Bréfritari: Aðalbjartur Bjarnason (Albert Arnason)
Dagsetning: A-1875-02-22
Skrifað á: Ólafsdal  Dal.

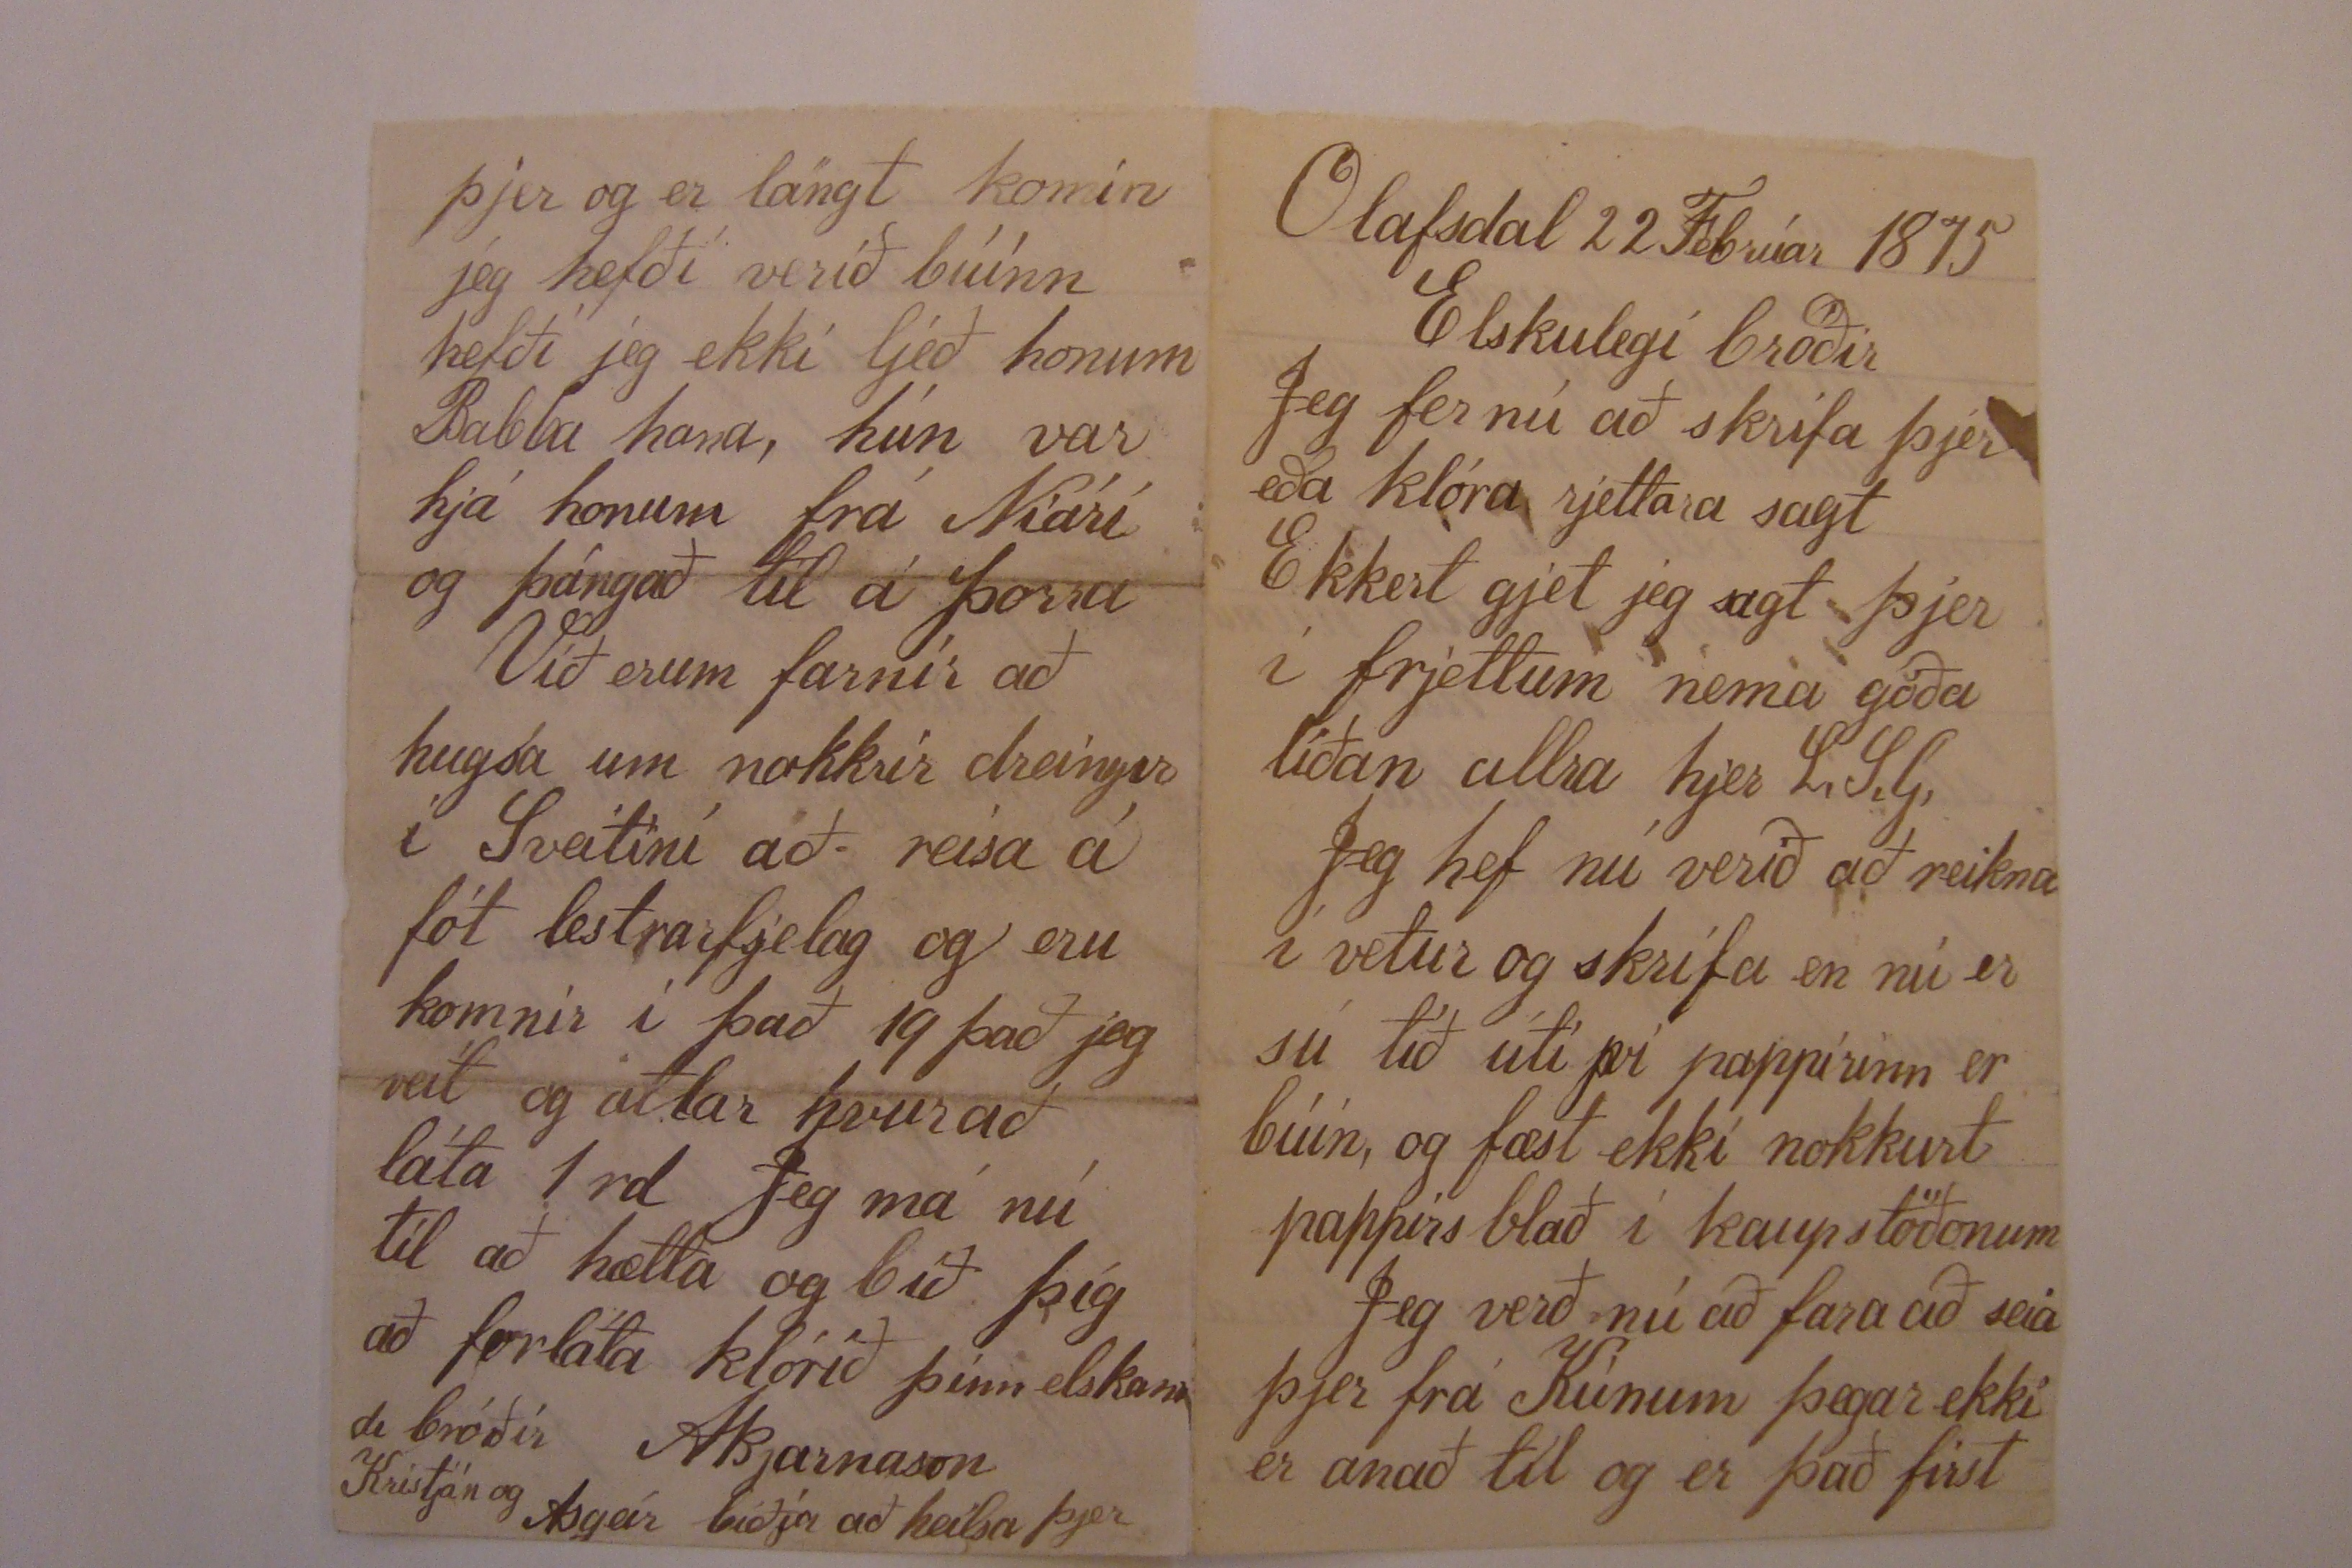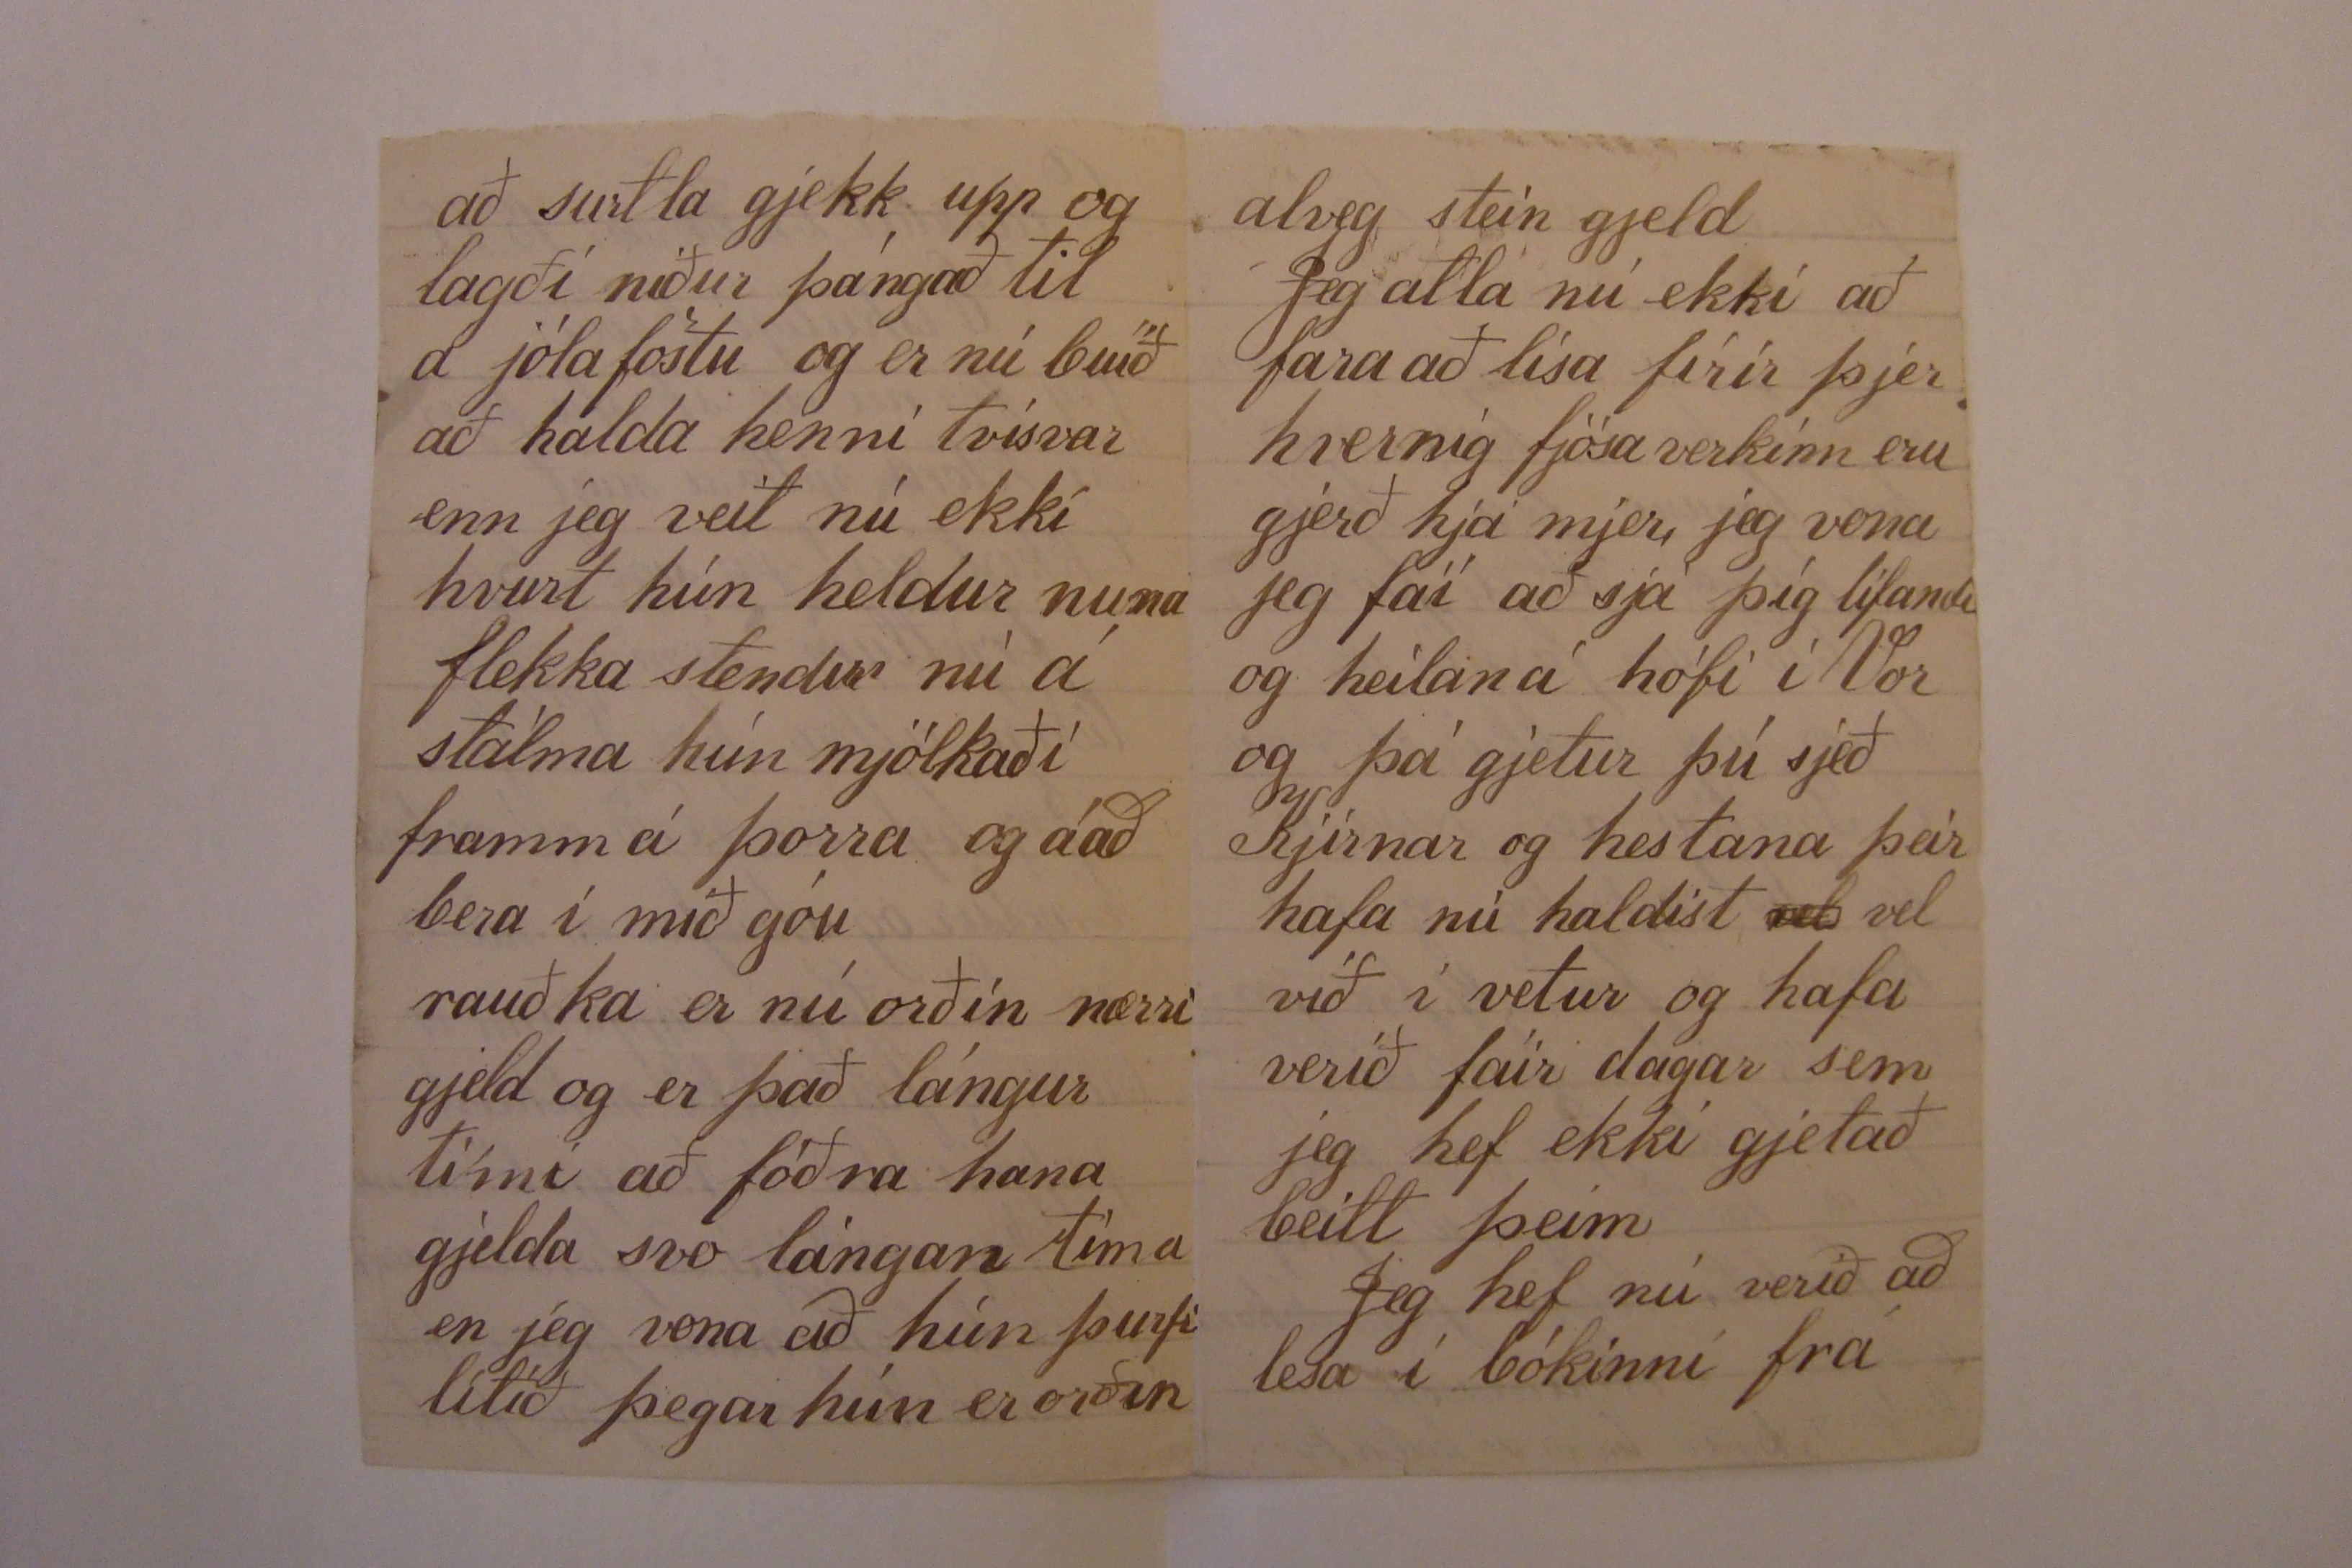

Ólafsdal 22 Febrúar 1875
Elskulegi bróðir
Jeg fer nú að skrifa þjer eða klóra rjettara sagt Ekkert gjet jeg sagt þjer í frjettum nema góða líðan allra hjer L.S.G.
Jeg hef nú verið að reikna í vetur og skrifa en nú er sú tíð úti því pappírinn er búin, og fæst ekki nokkurt pappírs blað í kaupstöðonum
Jeg verð nú að fara að seia þjer frá Kúnum þegar ekki er anað til og er það first
að surtla gjekk upp og lagði niður þángað til á jólaföstu og er nú búið að halda henni tvisvar enn jeg veit nú ekki hvurt hún heldur nuna flekka stendur nú á stálma hún mjólkaði framm á þorra og á að bera í mið góu
rauðka er nú orðin nærri gjeld og er það lángur tími að fóðra hana gjelda svo lángan tíma en jeg vona að hún þurfi lítið þegar hún er orðin
alveg stein gjeld
Jeg atla nú ekki að fara að lísa firir þjer hvernig fjósa verkinn eru gjerð hjá mjer jeg vona jeg fái að sjá þig lifandi og heilan á hófi í Vor og þá gjetur þú sjeð Kjírnar og hestana þeir hafa nú haldist
vel
vel við í vetur og hafa verið fáir dagar sem jeg hef ekki gjetað beitt þeim
Jeg hef nú verið að lesa í bókinni frá
þjer og er lángt komin jeg hefði verið búinn hefði jeg ekki ljeð honum Rabba hana, hún var hjá honum frá Níári og þángað til á þorra
Við erum farnir að hugsa um nokkrir dreingir í Sveitini að reisa á fót lestrarfjelag og eru komnir í það 19 það jeg veit og atlar hvur að láta 1 rd Jeg má nú til að hætta og bið þig að forláta klórið þinn elskandi bróðir
ABjarnason
Kristján og Asgeir biðja að heilsa þjer